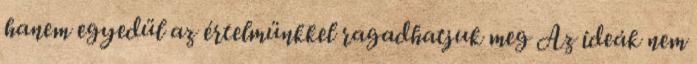
hanem egyedül az értelmünkkel ragadhatjuk meg Az ideák nem